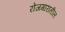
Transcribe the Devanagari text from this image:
रोजगारातील